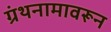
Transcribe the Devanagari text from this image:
ग्रंथनामावरून